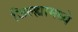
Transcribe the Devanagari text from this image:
जिल्‍ह्यामध्ये